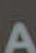
A